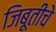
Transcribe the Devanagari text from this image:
जिबूतीचे